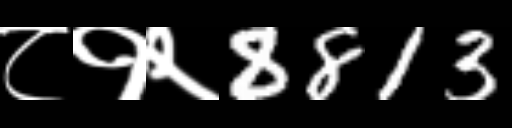
Text: ८१२8813